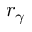
r _ { \gamma }